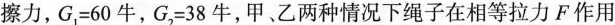
擦力，$$G_{1} = 6 0 牛$$，$$G_{2} = 3 8 牛$$，甲、乙两种情况下绳子在相等拉力F作用